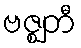
ဗဇ္ဈတီ